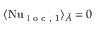
\langle \mathrm { N u } _ { \textrm { l o c , } 1 } \rangle _ { \tilde { A } } = 0